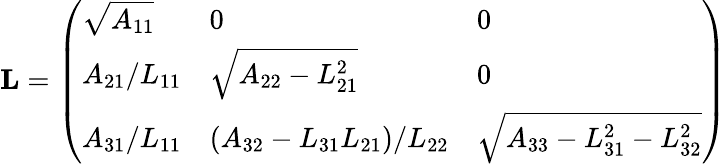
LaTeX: {\begin{array}{r}{\mathbf{L}={\left(\begin{array}{lll}{{\sqrt{A_{11}}}}&{0}&{0}\\ {A_{21}/L_{11}}&{{\sqrt{A_{22}-L_{21}^{2}}}}&{0}\\ {A_{31}/L_{11}}&{\left(A_{32}-L_{31}L_{21}\right)/L_{22}}&{{\sqrt{A_{33}-L_{31}^{2}-L_{32}^{2}}}}\end{array}\right)}}\end{array}}